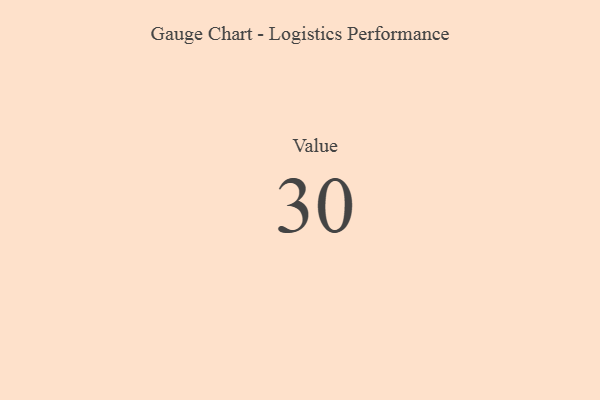
{"axis": {"x": "Metric", "y": "Value"}, "legend": [""], "data": [{"x": "Value", "y": 30, "type": ""}]}